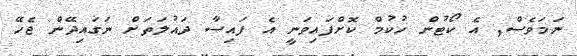
ނަމަވެސް